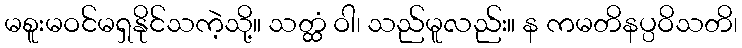
မစူးမဝင်မရှနိုင်သကဲ့သို့။ သတ္ထံ ဝါ၊ သည်မူလည်း။ န ကမတိနပ္ပဝိသတိ၊